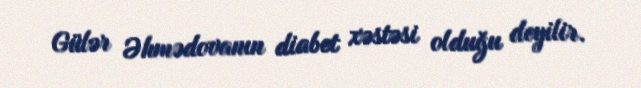
Gülər Əhmədovanın diabet xəstəsi olduğu deyilir.